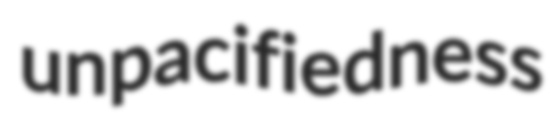
unpacifiedness